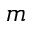
m